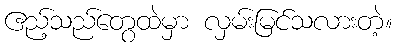
ဧည့်သည်တွေထဲမှာ လှမ်းမြင်သလားတဲ့။